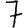
Digit: 7